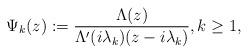
LaTeX: \begin{align*}\Psi_{k}(z):=\dfrac{\Lambda(z)}{\Lambda'(i\lambda_{k})(z-i\lambda_{k})},k\geq 1,\end{align*}